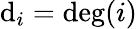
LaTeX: \mathrm{d}_{i}=\deg(i)